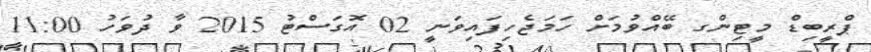
ޕްރީބިޑް މީޓިންގ ބޭއްވުމަށް ހަމަޖެހިފައިވަނީ 02 އޮގަސްޓު 2015 ވާ ދުވަހު 11:00